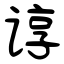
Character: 谆